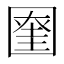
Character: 𡈞